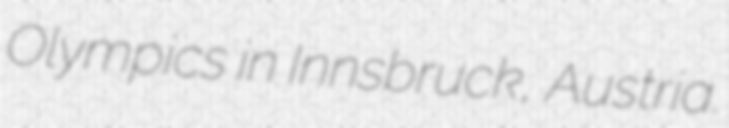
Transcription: Olympics in Innsbruck, Austria.